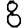
Digit: 8